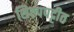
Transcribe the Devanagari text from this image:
शिल्पपट्टीत